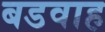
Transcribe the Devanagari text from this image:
बडवाह